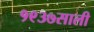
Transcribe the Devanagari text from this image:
१९३७साली